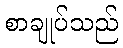
စာချုပ်သည်